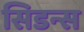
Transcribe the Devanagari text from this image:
सिडन्स